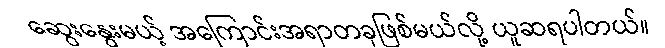
ဆွေးနွေးမယ့် အကြောင်းအရာတခုဖြစ်မယ်လို့ ယူဆရပါတယ်။